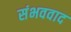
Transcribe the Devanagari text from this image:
संभववाद